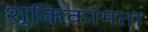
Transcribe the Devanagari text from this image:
शुकिकामता